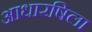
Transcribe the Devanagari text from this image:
आधारषिला